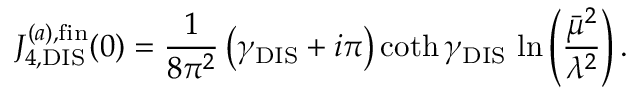
J _ { 4 , \mathrm { D I S } } ^ { ( a ) , \mathrm { f i n } } ( 0 ) = { \frac { 1 } { 8 \pi ^ { 2 } } } \left( \gamma _ { \mathrm { D I S } } + i \pi \right) \coth \gamma _ { \mathrm { D I S } } \, \ln \left( { \frac { \bar { \mu } ^ { 2 } } { \lambda ^ { 2 } } } \right) .